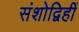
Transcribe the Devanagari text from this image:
संशोद्विहीं